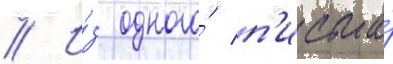
// И́з одного́ п'исьма́